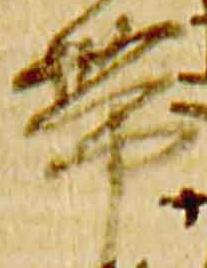
帯